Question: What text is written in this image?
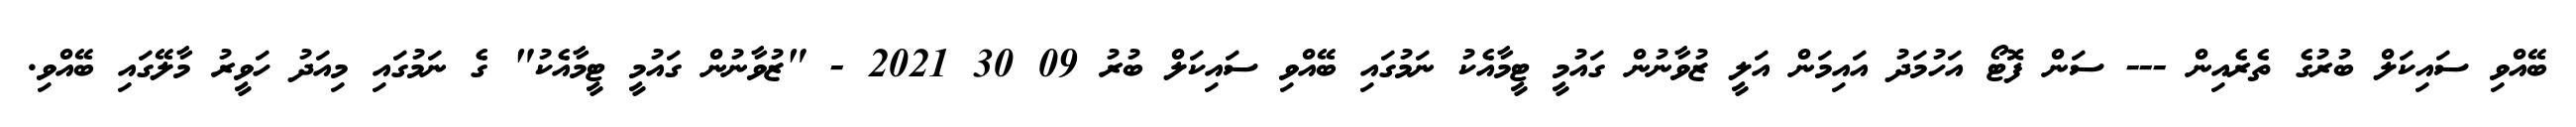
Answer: ބޭއްވި ސައިކަލް ބުރުގެ ތެރެއިން --- ސަން ފޮޓޯ އަހުމަދު އައިމަން އަލީ ޒުވާނުން ގައުމީ ޓީމާއެކު ނަމުގައި ބޭއްވި ސައިކަލް ބުރު 09 30 2021 - "ޒުވާނުން ގައުމީ ޓީމާއެކު" ގެ ނަމުގައި މިއަދު ހަވީރު މާލޭގައި ބޭއްވި.